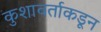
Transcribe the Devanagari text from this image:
कुशावर्ताकडून